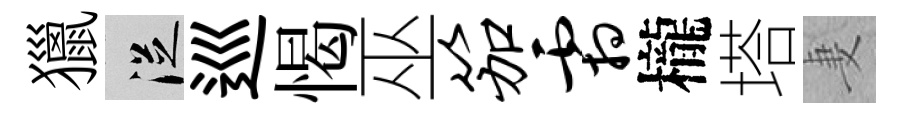
獵從巡愒巫笳霜櫳塔妻